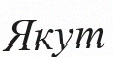
Якут